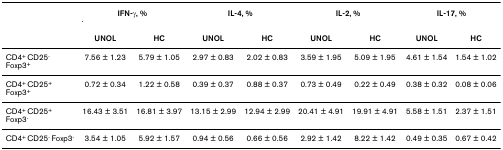
<table><thead><tr><td></td><td colspan="2"><b>IFN-γ, %</b></td><td colspan="2"><b>IL-4, %</b></td><td colspan="2"><b>IL-2, %</b></td><td colspan="2"><b>IL-17, %</b></td></tr><tr><td></td><td><b>UNOL</b></td><td><b>HC</b></td><td><b>UNOL</b></td><td><b>HC</b></td><td><b>UNOL</b></td><td><b>HC</b></td><td><b>UNOL</b></td><td><b>HC</b></td></tr></thead><tbody><tr><td>CD4<sup>+ </sup>CD25<sup>- </sup>Foxp3<sup>+</sup></td><td>7.56 ± 1.23</td><td>5.79 ± 1.05</td><td>2.97 ± 0.83</td><td>2.02 ± 0.83</td><td>3.59 ± 1.95</td><td>5.09 ± 1.95</td><td>4.61 ± 1.54</td><td>1.54 ± 1.02</td></tr><tr><td>CD4<sup>+ </sup>CD25<sup>+ </sup>Foxp3<sup>+</sup></td><td>0.72 ± 0.34</td><td>1.22 ± 0.58</td><td>0.39 ± 0.37</td><td>0.88 ± 0.37</td><td>0.73 ± 0.49</td><td>0.22 ± 0.49</td><td>0.38 ± 0.32</td><td>0.08 ± 0.06</td></tr><tr><td>CD4<sup>+ </sup>CD25<sup>+ </sup>Foxp3<sup>-</sup></td><td>16.43 ± 3.51</td><td>16.81 ± 3.97</td><td>13.15 ± 2.99</td><td>12.94 ± 2.99</td><td>20.41 ± 4.91</td><td>19.91 ± 4.91</td><td>5.58 ± 1.51</td><td>2.37 ± 1.51</td></tr><tr><td>CD4<sup>+ </sup>CD25<sup>- </sup>Foxp3<sup>-</sup></td><td>3.54 ± 1.05</td><td>5.92 ± 1.57</td><td>0.94 ± 0.56</td><td>0.66 ± 0.56</td><td>2.92 ± 1.42</td><td>8.22 ± 1.42</td><td>0.49 ± 0.35</td><td>0.67 ± 0.42</td></tr></tbody></table>